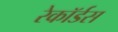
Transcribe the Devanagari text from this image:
रेकॉर्डस